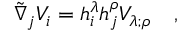
\tilde { \nabla } _ { j } V _ { i } = h _ { i } ^ { \lambda } h _ { j } ^ { \rho } V _ { \lambda ; \rho } ~ ~ ~ ,